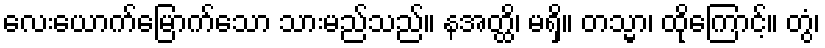
လေးယောက်မြောက်သော သားမည်သည်။ နအတ္ထိ၊ မရှိ။ တသ္မာ၊ ထိုကြောင့်။ တွံ၊